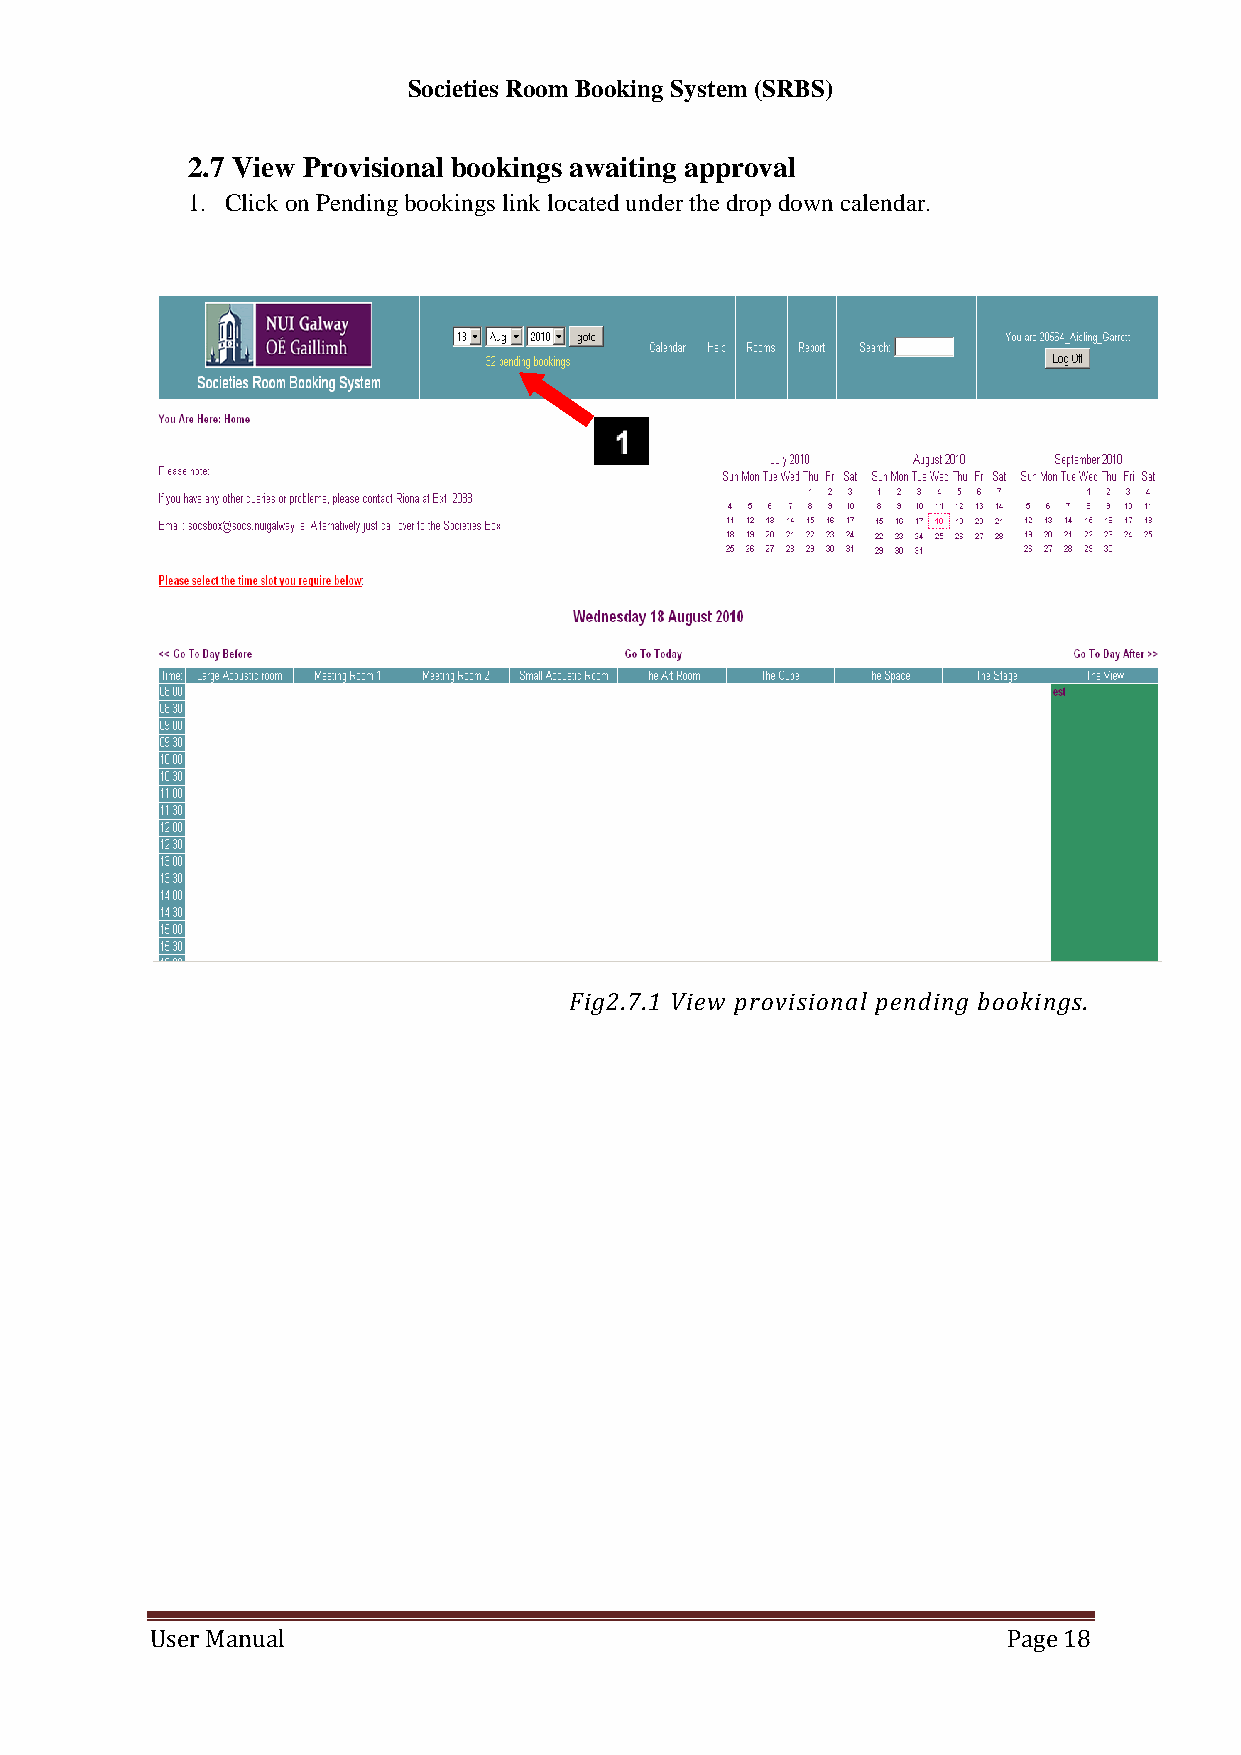
Societies Room Booking System (SRBS)
 2.7 View Provisional bookings awaiting approval
 1. Click on Pending bookings link located under the drop down calendar.
 Fig2.7.1 View provisional pending bookings.
 User Manual                                              Page 18